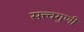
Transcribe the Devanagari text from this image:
सत्त्वगुणी